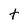
Character: T